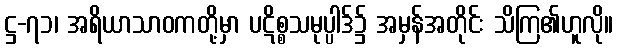
ဋ္ဌ-၇၁၊ အရိယာသာဝကတို့မှာ ပဋိစ္စသမုပ္ပါဒ်၌ အမှန်အတိုင်း သိကြ၏ဟူလို။